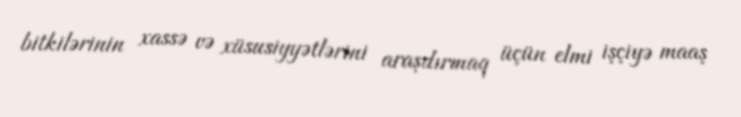
bitkilərinin xassə və xüsusiyyətlərini araşdırmaq üçün elmi işçiyə maaş